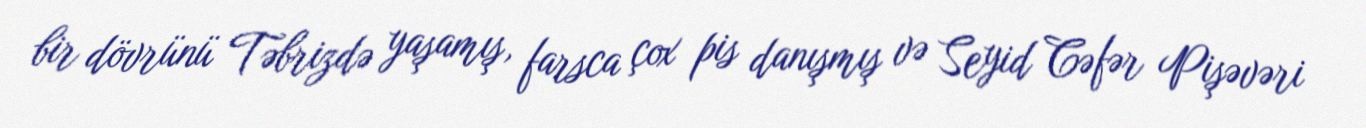
bir dövrünü Təbrizdə yaşamış, farsca çox pis danışmış və Seyid Cəfər Pişəvəri